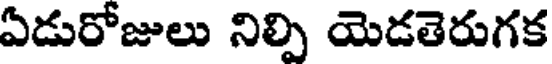
ఏడురోజులు నిల్పి యెడతెరుగక